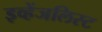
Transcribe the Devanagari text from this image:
इव्हेंजलिस्ट